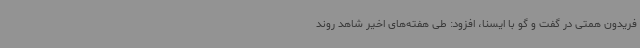
فریدون همتی در گفت و گو با ایسنا، افزود: طی هفته‌های اخیر شاهد روند